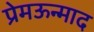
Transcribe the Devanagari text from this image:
प्रेमऊन्माद